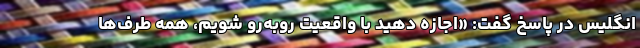
انگلیس در پاسخ گفت: «اجازه دهید با واقعیت روبه‌رو شویم، همه طرف‌ها